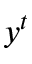
y ^ { t }